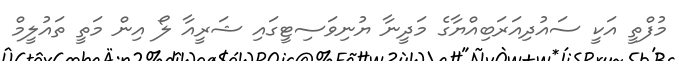
މުފްތީ އަކީ ސައުދިއަރަބިއްޔާގެ މަދީނާ ޔުނިވަސިޓީގައި ޝަރީއާ ލޯ އިން މަތީ ތައުލީމް